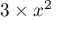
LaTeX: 3 \times x ^ { 2 }